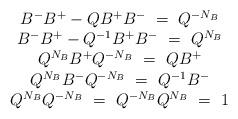
LaTeX: \begin{align*} \begin{array}{c} B^-B^+-QB^+B^-~=~Q^{-N_B}\\ B^-B^+-Q^{-1}B^+B^-~=~Q^{N_B}\\ Q^{N_B}B^+Q^{-N_B}~=~QB^+\\ Q^{N_B}B^-Q^{-N_B}~=~Q^{-1}B^-\\ Q^{N_B}Q^{-N_B}~=~Q^{-N_B}Q^{N_B}~=~1 \end{array}\end{align*}